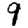
Digit: 9